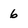
Character: 6